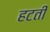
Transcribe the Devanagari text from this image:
हटतीं